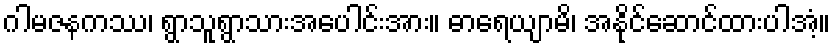
ဂါမဇနကဿ၊ ရွာသူရွာသားအပေါင်းအား။ ဓာရေယျာမိ၊ အနိုင်ဆောင်ထားပါအံ့။